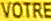
VOTRE